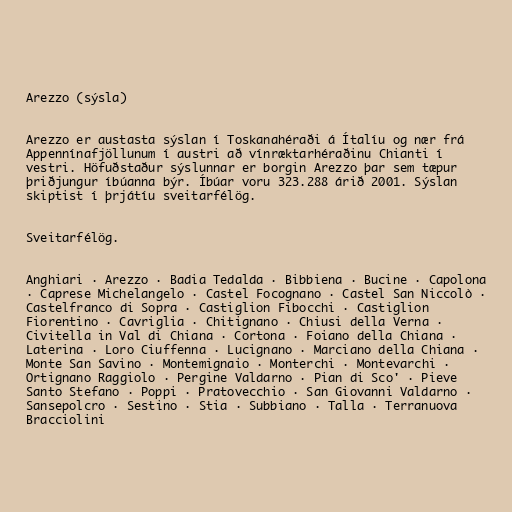
Arezzo (sýsla)

Arezzo er austasta sýslan í Toskanahéraði á Ítalíu og nær frá
Appennínafjöllunum í austri að vínræktarhéraðinu Chianti í
vestri. Höfuðstaður sýslunnar er borgin Arezzo þar sem tæpur
þriðjungur íbúanna býr. Íbúar voru 323.288 árið 2001. Sýslan
skiptist í þrjátíu sveitarfélög.

Sveitarfélög.

Anghiari · Arezzo · Badia Tedalda · Bibbiena · Bucine · Capolona
· Caprese Michelangelo · Castel Focognano · Castel San Niccolò ·
Castelfranco di Sopra · Castiglion Fibocchi · Castiglion
Fiorentino · Cavriglia · Chitignano · Chiusi della Verna ·
Civitella in Val di Chiana · Cortona · Foiano della Chiana ·
Laterina · Loro Ciuffenna · Lucignano · Marciano della Chiana ·
Monte San Savino · Montemignaio · Monterchi · Montevarchi ·
Ortignano Raggiolo · Pergine Valdarno · Pian di Sco' · Pieve
Santo Stefano · Poppi · Pratovecchio · San Giovanni Valdarno ·
Sansepolcro · Sestino · Stia · Subbiano · Talla · Terranuova
Bracciolini